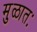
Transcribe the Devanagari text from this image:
मुळातः